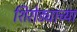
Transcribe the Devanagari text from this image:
शिरोड्याच्या